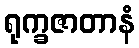
ရုက္ခဇာတာနံ